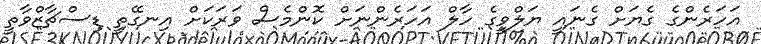
އަހަރެންގެ ގެޔަށް ގެނައީ ޔަލްވީގެ ހާލް އަހަރެންނަށް ކޮންމެސް ވަރަކަށް އިނގޭތީ ޑިސްޗާޒްވާތީ